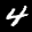
Label: 4